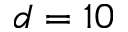
d = 1 0